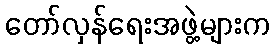
တော်လှန်ရေးအဖွဲ့များက